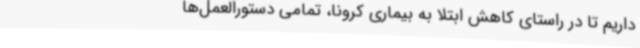
داریم تا در راستای کاهش ابتلا به بیماری کرونا، تمامی دستورالعمل‌ها